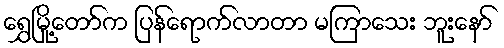
ရွှေမြို့တော်က ပြန်ရောက်လာတာ မကြာသေး ဘူးနော်